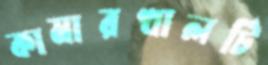
কামারখালটি